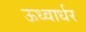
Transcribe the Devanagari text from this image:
ऊध्वार्धर